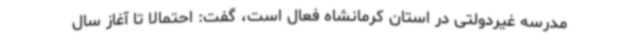
مدرسه غیردولتی در استان کرمانشاه فعال است، گفت: احتمالا تا آغاز سال